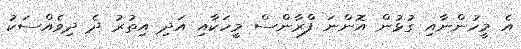
އެ މީހުންނާއި ގުޅުން އޮންނަ ފްރާންސް މީހަކާއި އަދި އިތުރު ދެ ދިވެއްސަކު